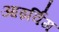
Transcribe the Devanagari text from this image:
आइर्विंग